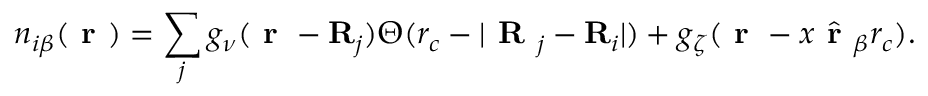
n _ { i \beta } ( \textbf { r } ) = \sum _ { j } g _ { \nu } ( \textbf { r } - \mathbf { R } _ { j } ) \Theta ( r _ { c } - | \textbf { R } _ { j } - \mathbf { R } _ { i } | ) + g _ { \zeta } ( \textbf { r } - x \hat { \textbf { r } } _ { \beta } r _ { c } ) .